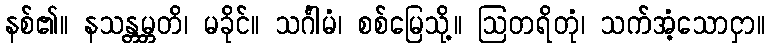
နစ်၏။ နသန္တမ္ဘတိ၊ မခိုင်။ သင်္ဂါမံ၊ စစ်မြေသို့။ ဩတရိတုံ၊ သက်အံ့သောငှာ။